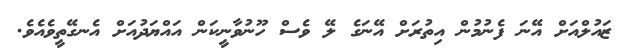
ޒައުލްއަށް އޭނަ ފެނުމުން އިތުރަށް އޭނަގެ ލޭ ވެސް ހޫނުވާނީކަން އައްޔަދުއަށް އެނގޭތީވެއެވެ.